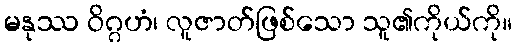
မနုဿ ဝိဂ္ဂဟံ၊ လူဇာတ်ဖြစ်သော သူ၏ကိုယ်ကို။